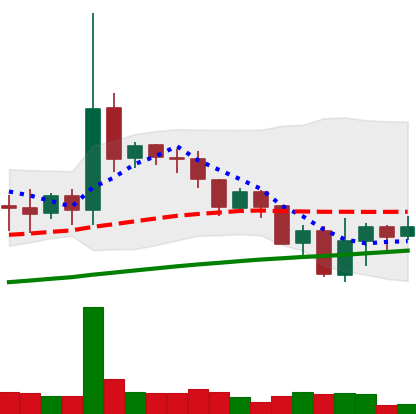
Ticker: DOGE-USD
Chart end date: 2019-07-20
Forward return: -6.318%
Label: down_5_7